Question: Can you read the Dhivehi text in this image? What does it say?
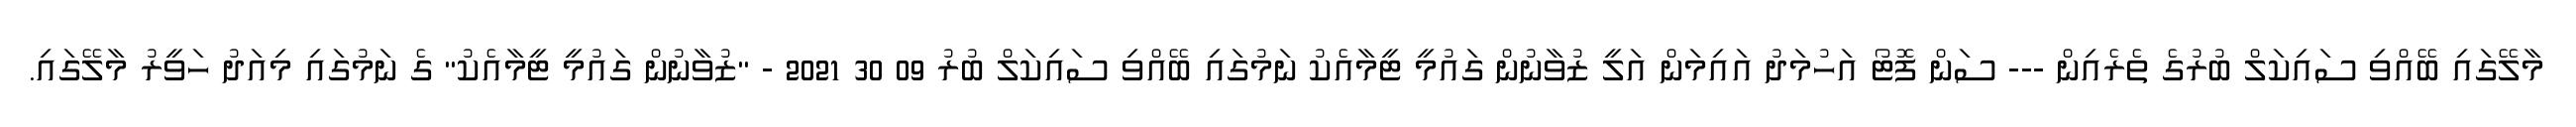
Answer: މާލޭގައި ބޭއްވި ސައިކަލް ބުރުގެ ތެރެއިން --- ސަން ފޮޓޯ އަހުމަދު އައިމަން އަލީ ޒުވާނުން ގައުމީ ޓީމާއެކު ނަމުގައި ބޭއްވި ސައިކަލް ބުރު 09 30 2021 - "ޒުވާނުން ގައުމީ ޓީމާއެކު" ގެ ނަމުގައި މިއަދު ހަވީރު މާލޭގައި.